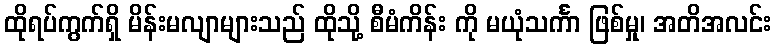
ထိုရပ်ကွက်ရှိ မိန်းမလျာများသည် ထိုသို့ စီမံကိန်း ကို မယုံသင်္ကာ ဖြစ်မှု၊ အတိအလင်း